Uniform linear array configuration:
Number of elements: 8
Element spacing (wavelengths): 1
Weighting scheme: cosine
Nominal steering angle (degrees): -60
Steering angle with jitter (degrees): -58.337
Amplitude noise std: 0.05
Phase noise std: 0.05

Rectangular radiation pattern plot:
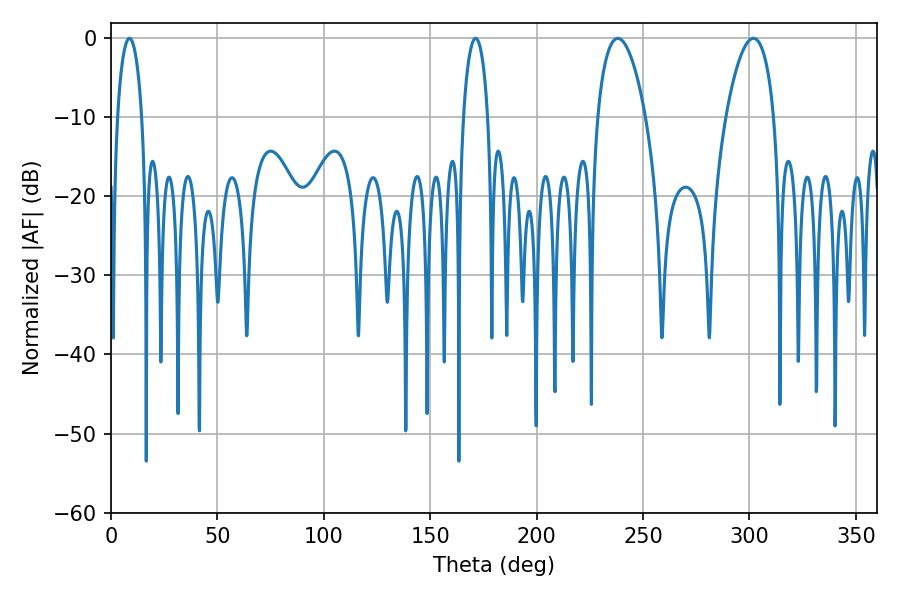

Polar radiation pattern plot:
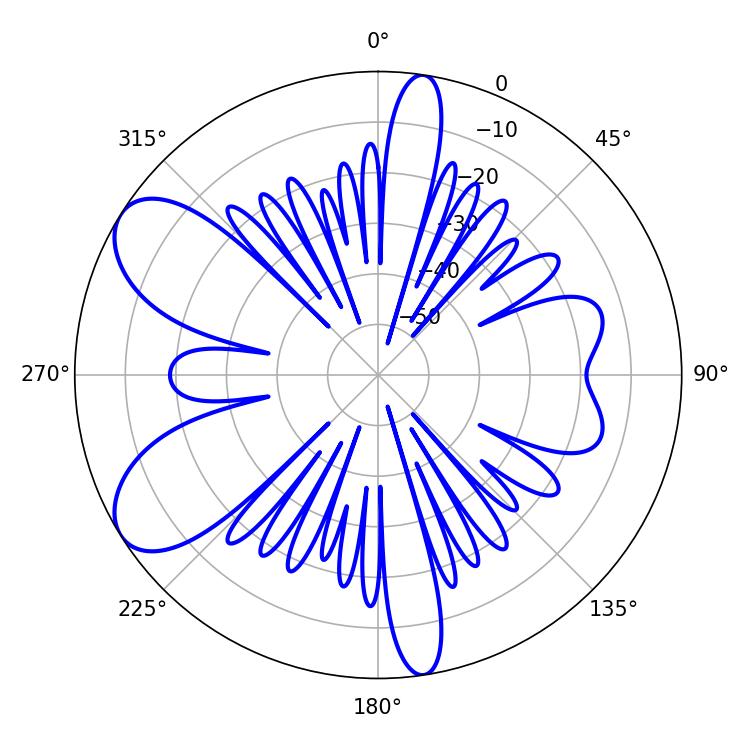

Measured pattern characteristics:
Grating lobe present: TRUE
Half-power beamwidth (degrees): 12.6
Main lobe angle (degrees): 301.86